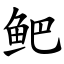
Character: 鲃